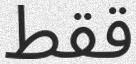
ققط